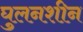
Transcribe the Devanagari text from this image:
घुलनशीन